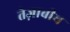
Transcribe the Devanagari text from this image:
तेज़ाबीय